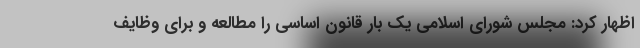
اظهار کرد: مجلس شورای اسلامی یک بار قانون اساسی را مطالعه و برای وظایف